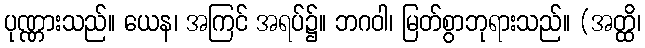
ပုဏ္ဏားသည်။ ယေန၊ အကြင် အရပ်၌။ ဘဂဝါ၊ မြတ်စွာဘုရားသည်။ (အတ္ထိ၊